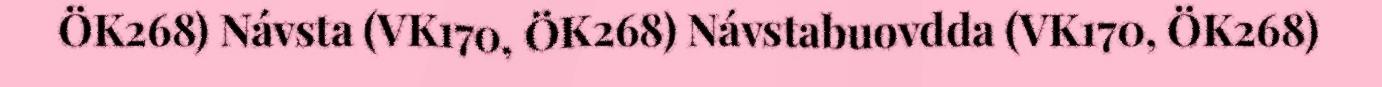
ÖK268) Návsta (VK170, ÖK268) Návstabuovdda (VK170, ÖK268)